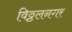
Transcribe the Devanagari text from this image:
विठ्ठलनगर